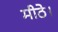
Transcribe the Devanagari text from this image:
मीठे।